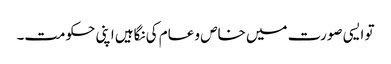
تو ایسی صورت میں خاص و عام کی نگاہیں اپنی حکومت۔